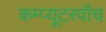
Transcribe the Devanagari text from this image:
कम्प्यूटरवॉच